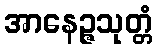
အာနေဉ္ဇသုတ္တံ